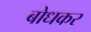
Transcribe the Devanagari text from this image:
बोधकर